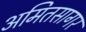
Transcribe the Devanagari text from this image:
अमितसागर